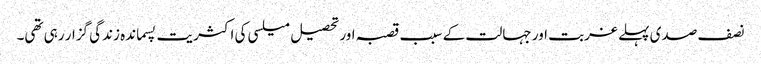
نصف صدی پہلے غربت اور جہالت کے سبب قصبہ اور تحصیل میلسی کی اکثریت پسماندہ زندگی گزار رہی تھی۔